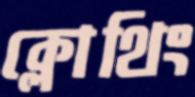
ক্লোথিং